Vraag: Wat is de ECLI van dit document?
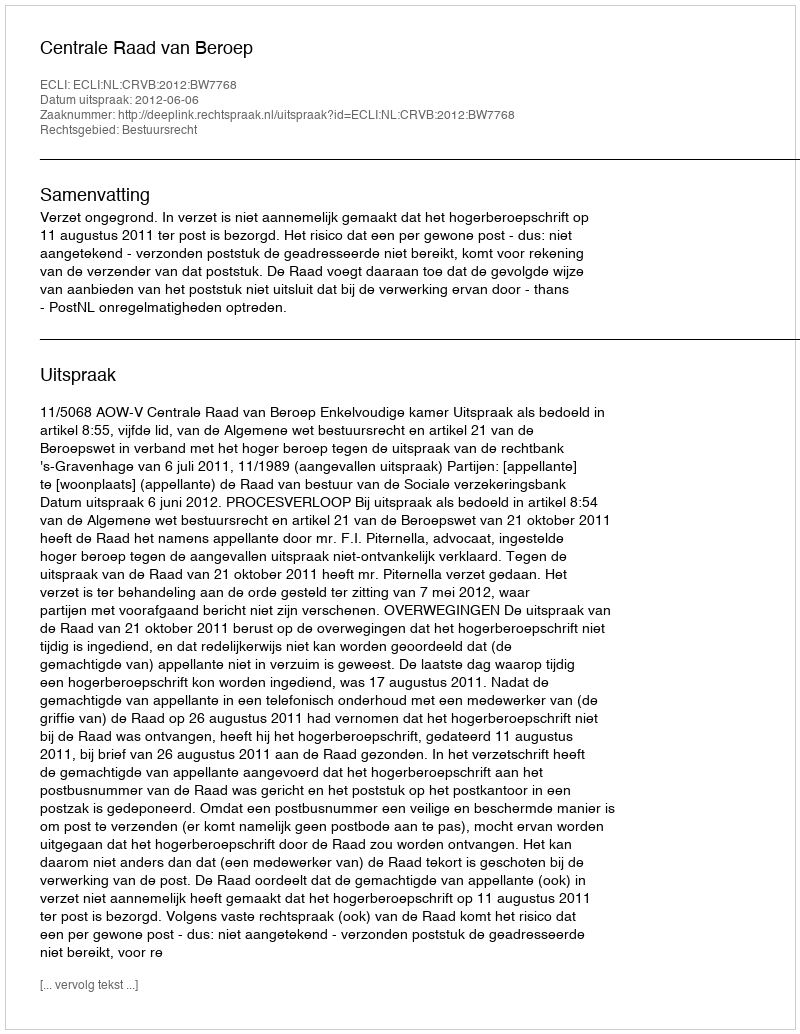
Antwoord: ECLI:NL:CRVB:2012:BW7768